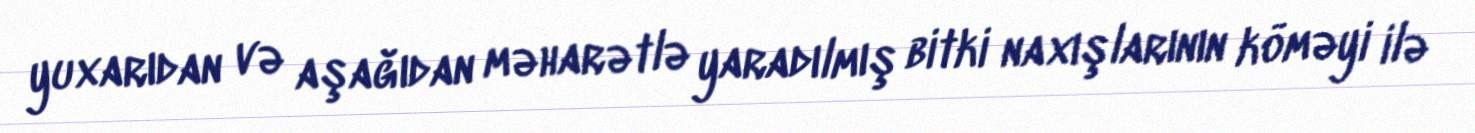
yuxarıdan və aşağıdan məharətlə yaradılmış bitki naxışlarının köməyi ilə